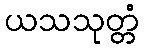
ယသသုတ္တံ